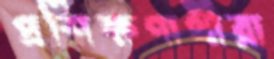
প্রশিক্ষণার্থীরা